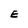
Character: E